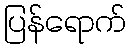
ပြန်ရောက်